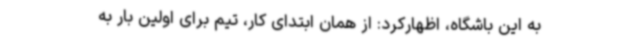
به این باشگاه، اظهارکرد: از همان ابتدای کار، تیم برای اولین بار به